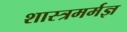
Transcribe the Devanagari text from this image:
शास्त्रमर्मज्ञ